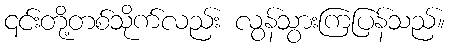
၎င်းတို့တစ်သိုက်လည်း လွန်သွားကြပြန်သည်။